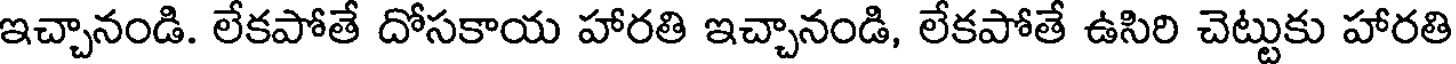
ఇచ్చానండి. లేకపోతే దోసకాయ హారతి ఇచ్చానండి, లేకపోతే ఉసిరి చెట్టుకు హారతి